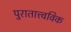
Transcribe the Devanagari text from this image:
पुरातात्त्वविक